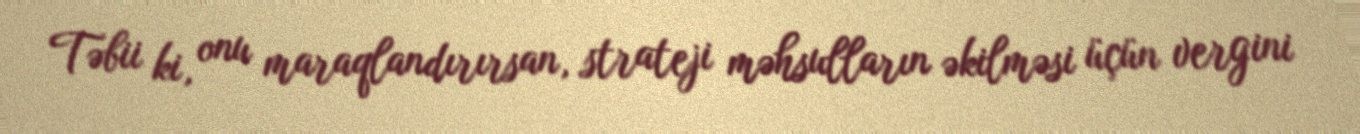
Təbii ki, onu maraqlandırırsan, strateji məhsulların əkilməsi üçün vergini